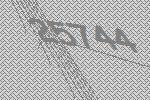
25744